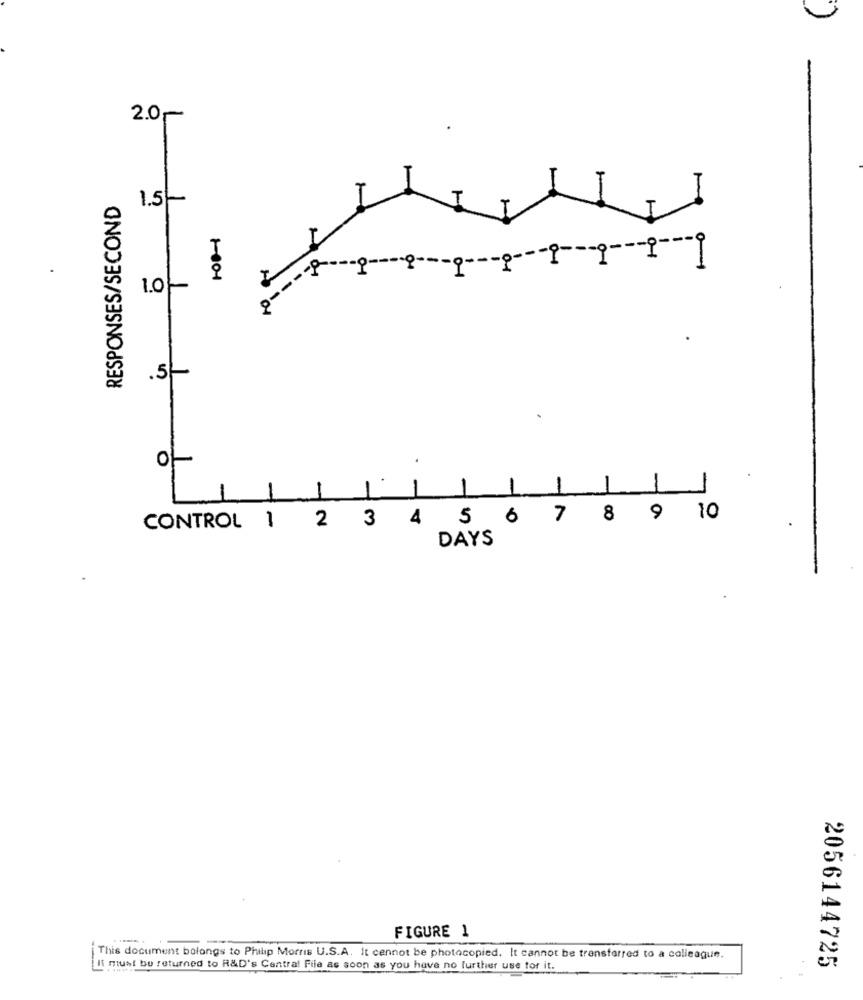
2.0 ~~
RESPONSES/SECOND
1.51
I
T
.5
.
O
.
-
-
1
-
-
CONTROL 1 2 3 4 5 6 7 8 9 10
DAYS
FIGURE 1
This document belongs to Philip Morris U.S.A. It cannot be photocopied. It cannot be transferred to a colleague.
It must be returned to R&D's Central File as soon as you have no further use for it.
2056144725